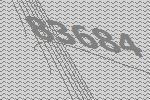
83684